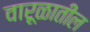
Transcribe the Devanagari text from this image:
वारूळातील